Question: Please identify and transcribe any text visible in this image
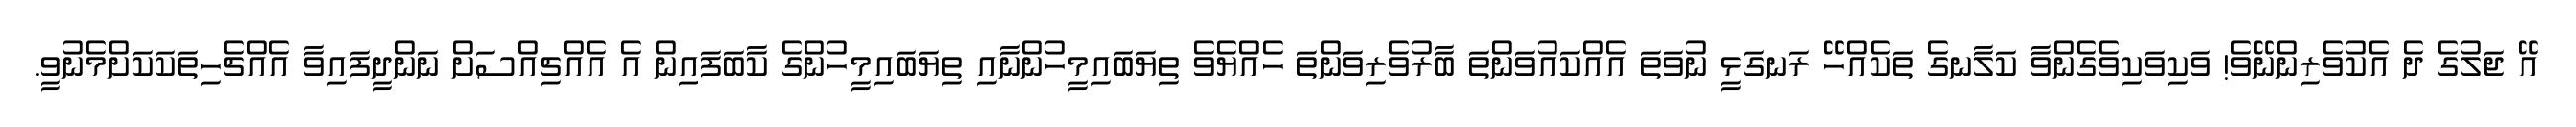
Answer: އޭ ޖަލުގެ ދެ އެކުވެރިންނޭވެ! ވަކިވަކިވެގެންވާ ކަލާނގެ ތަކެއްހޭ ރަނގަޅީ ނުވަތަ އެއްކައުވަންތަ ބާރުވެރިވަންތަ ހެއްޔެވެ ތިޔަބައިމީހުންނާއި ތިޔަބައިމީހުންގެ ކާބަފައިން އެ އެއްޗިއްސަށް ނަންދީފައިވާ އެއްޗެހިތަކަކަށްމެނުވީ.